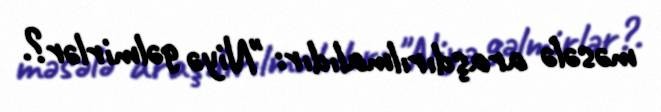
məsələ araşdırılmalıdır: "Niyə gəlmirlər?.